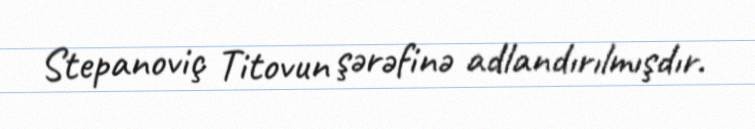
Stepanoviç Titovun şərəfinə adlandırılmışdır.